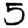
Digit: 5